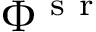
\Phi ^ { \mathrm { ~ s ~ r ~ } }